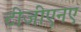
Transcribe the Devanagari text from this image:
टीजीएनए